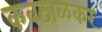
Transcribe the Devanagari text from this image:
कवठाळकर